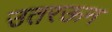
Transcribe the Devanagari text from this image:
उतरऊन